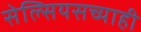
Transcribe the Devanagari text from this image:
सेल्सियसच्याही